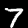
Label: 7